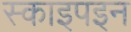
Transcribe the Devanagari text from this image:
स्काइपइन